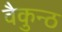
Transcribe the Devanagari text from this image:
वैकुन्ठ